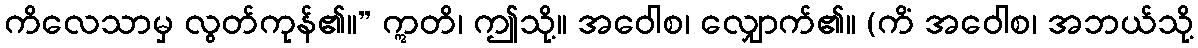
ကိလေသာမှ လွတ်ကုန်၏။” ဣတိ၊ ဤသို့။ အဝေါစ၊ လျှောက်၏။ (ကိံ အဝေါစ၊ အဘယ်သို့